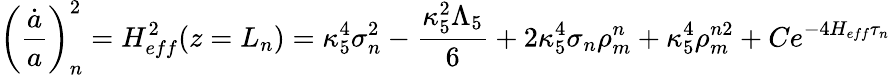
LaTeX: \left(\frac{\dot{a}}{a}\right)_{n}^{2}=H_{eff}^{2}(z=L_{n})=\kappa_{5}^{4}\sigma_{n}^{2}-\frac{\kappa_{5}^{2}\Lambda_{5}}{6}+2\kappa_{5}^{4}\sigma_{n}\rho_{m}^{n}+\kappa_{5}^{4}\rho_{m}^{n2}+Ce^{-4H_{eff}\tau_{n}}